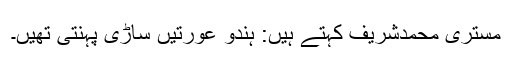
مستری محمدشریف کہتے ہیں: ہندو عورتیں ساڑی پہنتی تھیں۔